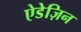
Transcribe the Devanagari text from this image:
ऐडेज़िन